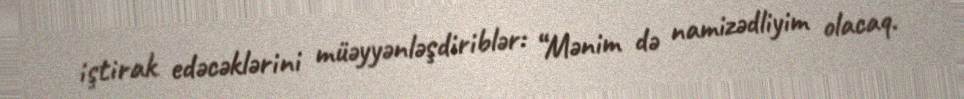
iştirak edəcəklərini müəyyənləşdiriblər: “Mənim də namizədliyim olacaq.